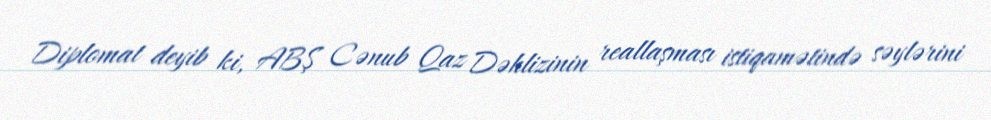
Diplomat deyib ki, ABŞ Cənub Qaz Dəhlizinin reallaşması istiqamətində səylərini